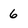
Character: 6